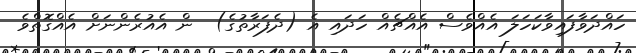
ހައްދަވާފައިވާކަހަލަ އެއްވެސް އެއްޗެއް ހަދައި އެ (ދެފަރާތުގެ)  ން އެއުރެންނަށް އެއްގޮތްވެ